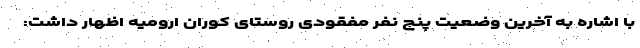
با اشاره به آخرین وضعیت پنج نفر مفقودی روستای کوران ارومیه اظهار داشت: